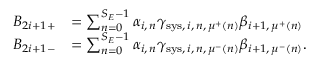
\begin{array} { r l } { B _ { 2 i + 1 + } } & { = \sum _ { n = 0 } ^ { S _ { E } - 1 } \alpha _ { i , \, n } \gamma _ { \mathrm { s y s } , \, i , \, n , \, \mu ^ { + } ( n ) } \beta _ { i + 1 , \, \mu ^ { + } ( n ) } } \\ { B _ { 2 i + 1 - } } & { = \sum _ { n = 0 } ^ { S _ { E } - 1 } \alpha _ { i , \, n } \gamma _ { \mathrm { s y s } , \, i , \, n , \, \mu ^ { - } ( n ) } \beta _ { i + 1 , \, \mu ^ { - } ( n ) } . } \end{array}